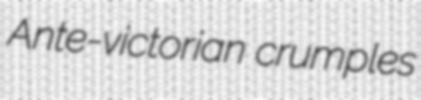
Ante-victorian crumples